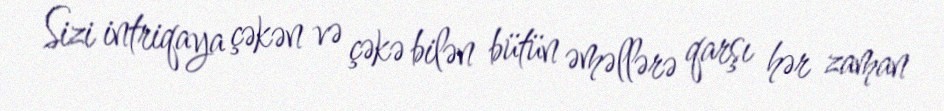
Sizi intriqaya çəkən və çəkə bilən bütün əməllərə qarşı hər zaman